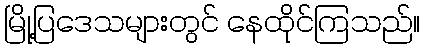
မြို့ပြဒေသများတွင် နေထိုင်ကြသည်။